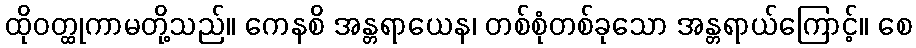
ထိုဝတ္ထုကာမတို့သည်။ ကေနစိ အန္တရာယေန၊ တစ်စုံတစ်ခုသော အန္တရာယ်ကြောင့်။ စေ